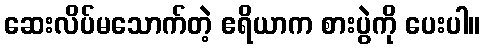
ဆေးလိပ်မသောက်တဲ့ ဧရိယာက စားပွဲကို ပေးပါ။